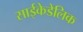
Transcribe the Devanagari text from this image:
साईकेडेलिक